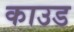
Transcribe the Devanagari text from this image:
काउड